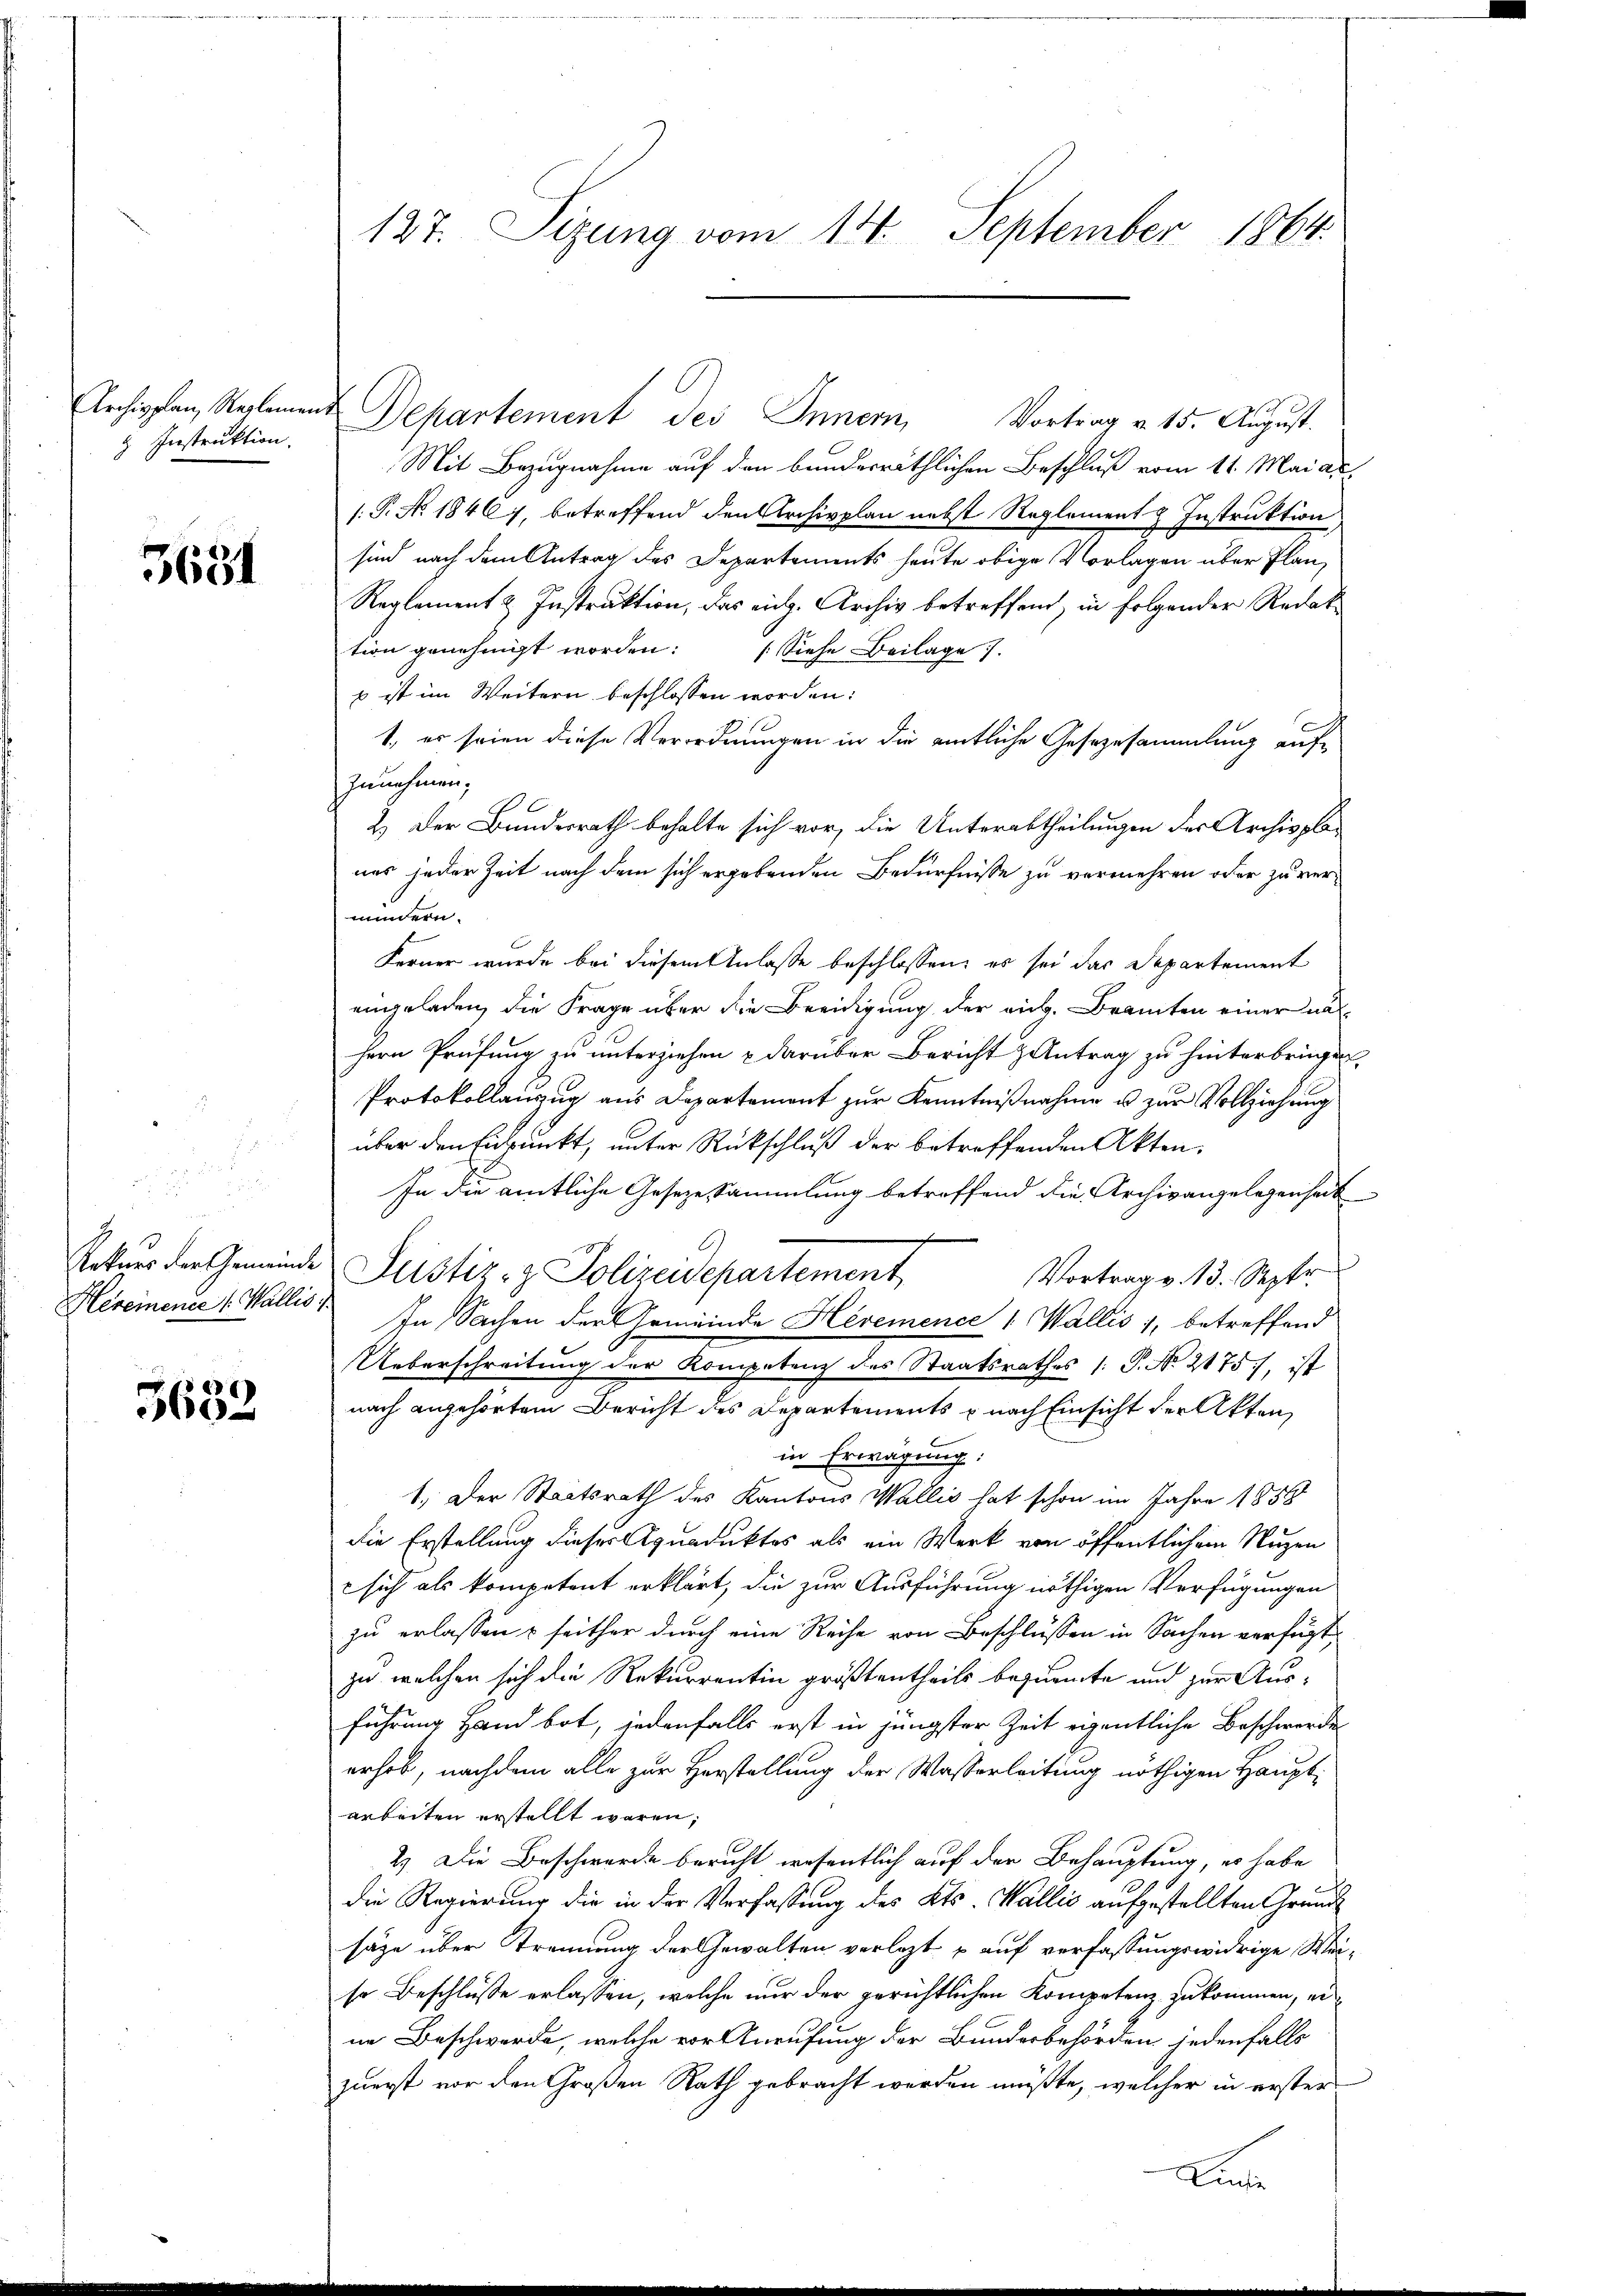
Archivplan Reglement
z Instruktion.

3631

Rekurs der Gemeinde

v 1 e
0

Departement des Innern,
Vortrag v. 15. August.
Mit Bezugnahme auf den bundesräthlichen Beschluß vom 11. Mai ac
1.P. No 18467, betreffend den Archivplan nebst Reglement & Instruktion
sind nach dem Antrag des Departements heute obige Vorlagen über Plan
Reglement & Instraktion, das eich. Archiv betreffend, in folgender Redak
tion genehmigt worden. (Siehe Beilage.
s ist im Weitern beschlossen worden:
1, er seien diese Verordnungen in die amtliche Gesezesammlung aufzunehmen;
2.) Der Bundesrath behalte sich vor, die Unterabtheilungen der Archivpla-
nes jeder Zeit nach dem sich ergebenden Bedürfnisse zu vermehren oder zu vermindern.
Ferner wurde bei diesem Anlasse beschlossen, es sei das Departement
eingeladen, die Frage über die Beeidigung der aus. Branten einer na
hern Prüfung zu unterziehen u darüber Bericht Antrag zu hinterbringen,
Protokollanzug aus Departement zur Kenntnißnahme u. zur Vollziehung
über den Eidpunkt, unter Rückschluß der betreffenden Akten.
In die amtliche Gesezessammlung betreffend die Archivangelegenheit
Justiz- & Polizeidepartement
Vortrag v. 13. Septr.
Hereinener 1. Wallis. In Sachen der Gemeinde Hévemence 1 Wallis 1, betreffend
Ueberschreitung der Kompetenz des Staatsrathes /: P. No 2175), ist
nach angehörtem Bericht des Departements & nach Einsicht der Akten,
in Erwägung:
1. Der Staatsrath des Kantons Wallis hat schon im Jahre 1858
die Erstellung dieses Aquaduktes als ein Werk von öffentlichem Nuzen
sich als kompetent erklärt, die zur Ausführung nöthigen Verfügungen
zu erlassen & seither durch eine Reihe von Beschlüssen in Sachen verfügt
zu welchen sich die Rekurrentin größtentheils bequente und zur Ausführung Hand bot, jedenfalls erst in jüngster Zeit eigentliche Beschwerde
erhob, nachdem alle zur Herstellung der Wasserleitung nöthigen Hauptarbeiten erstellt waren,
2). Die Beschwerde bericht wesentlich auf der Behauptung, es habe
die Regierung die in der Verfassung des Kts. Wallis aufgestellten Grundsäge über Trennung der Gewalten verlegt u auf verfassungswidrige Weiso Beschlüsse erlassen, welche nur der gerichtlichen Kompetenz zukommen, ei
ne Beschwerde, welche vor Anrufung der Bundesbehörden jedenfalls
zuerst vor den Großen Rath gebracht werden müßte, welcher in erster
Linde

127. Sizung vom 14. September 1864.